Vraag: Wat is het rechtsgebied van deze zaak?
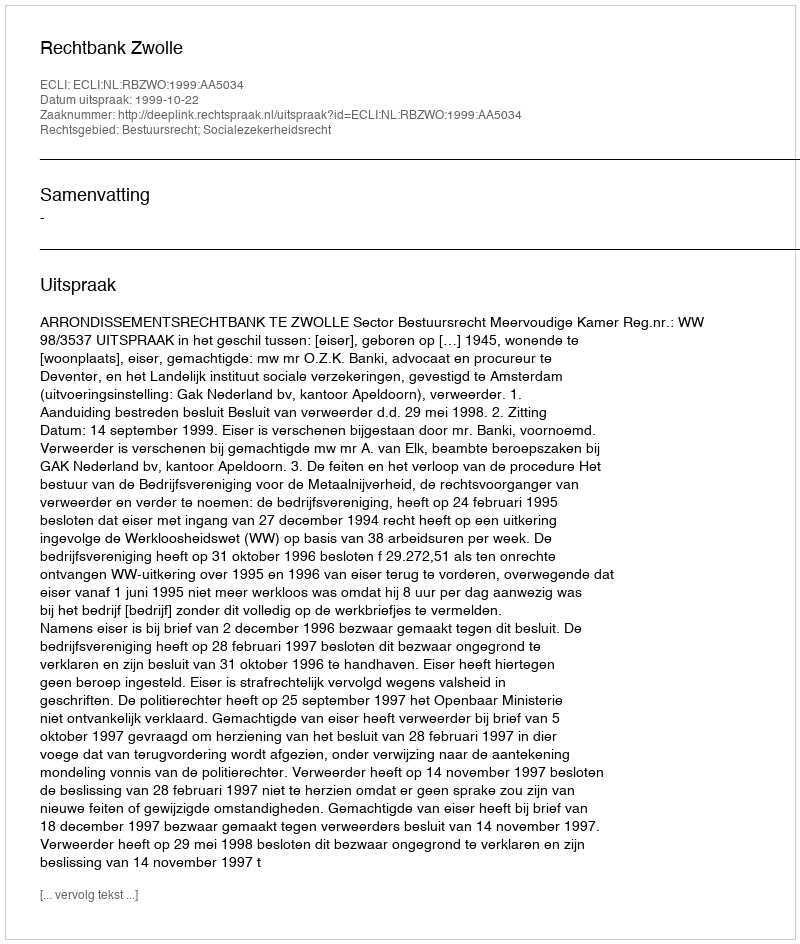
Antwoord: Bestuursrecht; Socialezekerheidsrecht